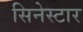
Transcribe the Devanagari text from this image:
सिनेस्टार